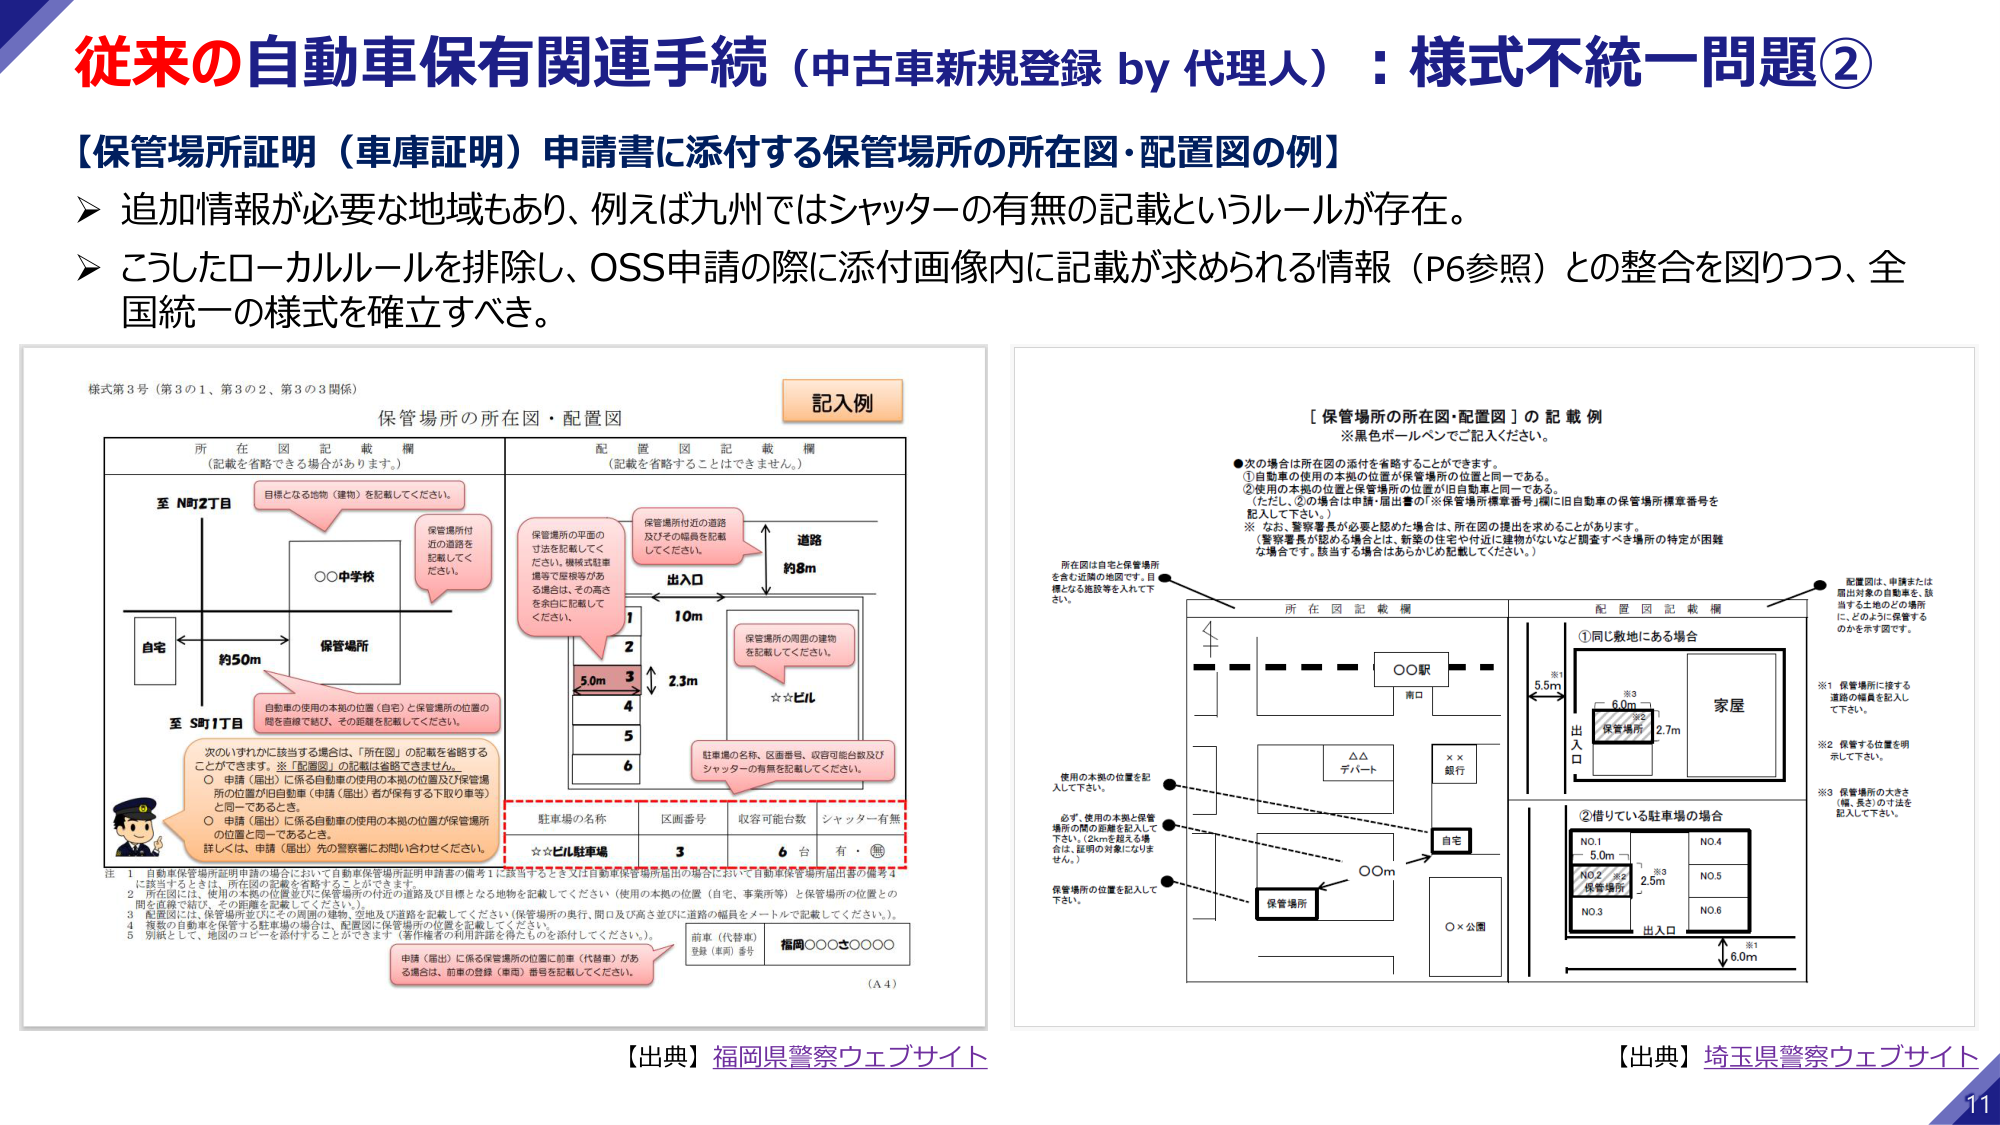
従来の自動車保有関連手続（中古車新規登録 by 代理人）：様式不統一問題②
【保管場所証明（車庫証明）申請書に添付する保管場所の所在図・配置図の例】
➤ 追加情報が必要な地域もあり、例えば九州ではシャッターの有無の記載というルールが存在。
➤ こうしたローカルルールを排除し、OSS申請の際に添付画像内に記載が求められる情報（P6参照）との整合を図りつつ、全国統一の様式を確立すべき。

様式第3号（第3の1、第3の2、第3の3関係）
保管場所の所在図・配置図
記入例

所在図記載欄
（記載を省略できる場合があります。）
至NR2丁目
自宅
約50m
保管場所
至SB1丁目
目標となる地物（建物）を記載してください。
保管場所付近の道路を記載してください。
保管場所の使用の本拠の位置（自宅）と保管場所の位置の間を直線で結び、その距離を記載してください。
次のいずれかに該当する場合は、「所在図」の記載を省略することができます。※「配置図」の記載は省略できません。
○ 申請（届出）に係る自動車の使用の本拠の位置及び保管場所の位置が旧自動車（申請（届出）者が保有する下取り車等）と同一であるとき。
○ 申請（届出）に係る自動車の使用の本拠の位置が保管場所の位置と同一であるとき。
詳しくは、申請（届出）先の警察署にお問い合わせください。

配置図記載欄
（記載を省略することはできません。）
保管場所の平面の寸法を記載してください。車庫式駐車場や駐車場がある場合は、その高さを余白に記載してください。
保管場所付近の道路及びその幅員を記載してください。
出入口
道路
約8m
10m
1
2
3
5.0m
2.3m
4
5
6
保管場所の周囲の建物を記載してください。
☆☆ビル
駐車場の名称、区画番号、収容可能台数及びシャッターの有無を記載してください。
駐車場の名称
区画番号
収容可能台数
シャッター有無
☆☆ビル駐車場
3
6台
有・○

注
1 自動車保管場所証明申請の場合において自動車保管場所証明申請書の備考1に該当するとき又は自動車保管場所届出の場合において自動車保管場所届出書の備考4に該当するときは、所在図の記載を省略することができます。
2 所在図には、使用の本拠の位置並びに保管場所の付近の道路及び目標となる地物を記載してください（使用の本拠の位置（自宅、事業所等）と保管場所の位置との間を直線で結び、その距離を記載してください。）
3 配置図には、保管場所並びにその周囲の建物、空地及び道路を記載してください（保管場所の奥行、開口及び高さ並びに道路の幅員をメートルで記載してください。）。
4 複数の自動車を保管する駐車場の場合は、配置図に保管場所の位置を記載してください。
5 別紙として、地図のコピーを添付することができます（著作権者の利用許諾を得たものを添付してください。）
申請（届出）に係る保管場所の位置に前車（代替車）がある場合は、前車の登録（車両）番号を記載してください。
前車（代替車）
登録（車両）番号
桜岡○○○○○○○○
（A4）

【保管場所の所在図・配置図】の記載例
※黒色ボールペンでご記入ください。
●次の場合は所在図の添付を省略することができます。
① 自動車の使用の本拠の位置が保管場所の位置と同一である。
② 使用の本拠の位置と保管場所の位置が旧自動車と同一である。
（ただし、②の場合は申請・届出書の「※保管場所標章番号」欄に旧自動車の保管場所標章番号を記入して下さい。）
※ なお、警察署長が必要と認めた場合は、所在図の提出を求めることがあります。
（警察署長が認める場合は、新築の住宅や付近に建物がないなど調査すべき場所の特定が困難な場合です。該当する場合はあらかじめ記載してください。）

所在図は自宅と保管場所を含む近隣の地図です。目標となる地物等を記入して下さい。
配置図は、申請または届出対象の自動車を、該当する土地のどの場所に、どのように保管するのかを示す図です。

所在図記載欄
配置図記載欄
○○駅
南口
△△
デパート
××
銀行
自宅
○○m
○×公園
保管場所
出入口
①同じ敷地にある場合
※1 5.5m
※3 6.0m
※2 2.7m
家屋
※1 保管場所に接する道路の幅員を記入して下さい。
※2 保管する位置を明示して下さい。
※3 保管場所の大きさ（幅・長さ）の寸法を記入して下さい。
②借りている駐車場の場合
NO.1
NO.2
NO.3
NO.4
NO.5
NO.6
出入口
※3 2.5m
※1 6.0m
使用の本拠の位置を記入して下さい。
必ず、使用の本拠と保管場所の間の距離を記入して下さい。（2kmを超える場合は、近隣の対象に切り替せん。）
保管場所の位置を記入して下さい。

【出典】福岡県警察ウェブサイト
【出典】埼玉県警察ウェブサイト
11